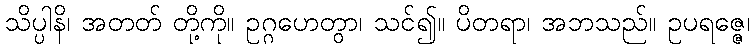
သိပ္ပါနိ၊ အတတ် တို့ကို။ ဥဂ္ဂဟေတွာ၊ သင်၍။ ပိတရာ၊ အဘသည်။ ဥပရဇ္ဇေ၊